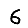
Digit: 6